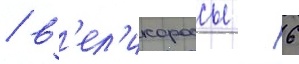
/ в'ел'икороссы - 6